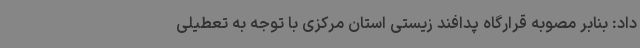
داد: بنابر مصوبه قرارگاه پدافند زیستی استان مرکزی با توجه به تعطیلی